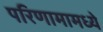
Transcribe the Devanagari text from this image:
परिणामामध्ये